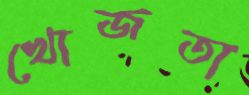
খোজতা